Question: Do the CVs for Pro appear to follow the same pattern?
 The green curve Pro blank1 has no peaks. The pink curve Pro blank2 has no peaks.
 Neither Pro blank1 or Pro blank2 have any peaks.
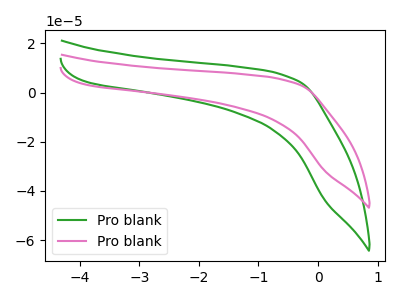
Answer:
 <answer>All the CV's of "Pro" have similar shape.</answer>
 <eval>follow_rule</eval>